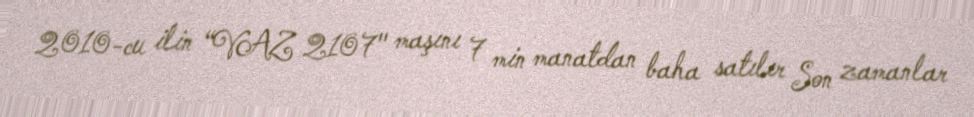
2010-cu ilin “VAZ 2107" maşını 7 min manatdan baha satılır Son zamanlar